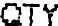
QTY